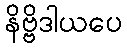
နိဗ္ဗိဒါယပေ